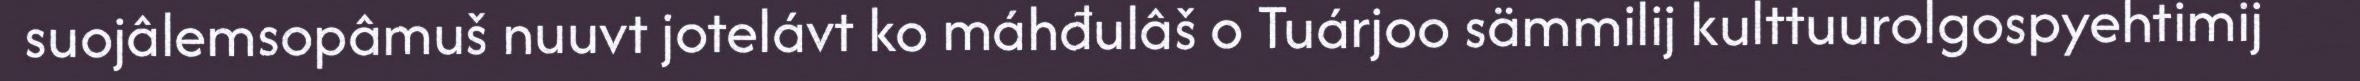
suojâlemsopâmuš nuuvt jotelávt ko máhđulâš o Tuárjoo sämmilij kulttuurolgospyehtimij